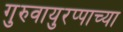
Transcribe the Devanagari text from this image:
गुरुवायुरप्पाच्या